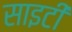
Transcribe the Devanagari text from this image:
साइटी